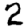
Digit: 2